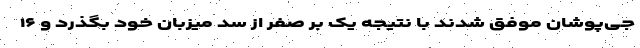
جی‌پوشان موفق شدند با نتیجه یک بر صفر از سد میزبان خود بگذرد و ۱۶